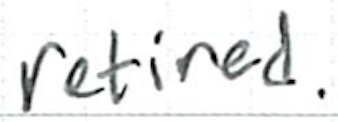
Text: retired.
Cross-out: clean
Writing tool: ballpoint